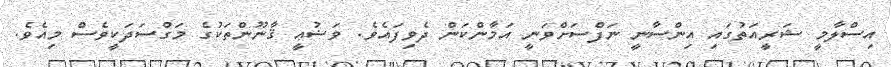
އިސްލާމީ ޝަރީއަތުގައި އިންސާނީ ނަފްސަށްވަނީ އަމާންކަން ދެވިފައެވެ. ވަޟުޢީ ޤާނޫންތަކުގެ މަގްސަދަކީވެސް މިއެވެ.